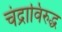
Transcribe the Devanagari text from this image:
चंद्राविरुद्ध